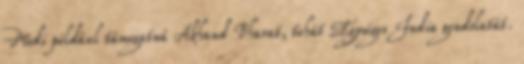
Modi például támogatná Akhand Bharat, tehát Egységes India gondolatát.